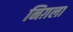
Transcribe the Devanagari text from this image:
निग़ला